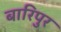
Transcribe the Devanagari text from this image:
बारिपुर